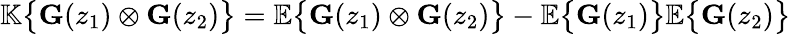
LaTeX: \begin{array}{r}{\mathbb{K}\big\lbrace{\mathbf{G}}(z_{1})\otimes{\mathbf{G}}(z_{2})\big\rbrace=\mathbb{E}\big\lbrace{\mathbf{G}}(z_{1})\otimes{\mathbf{G}}(z_{2})\big\rbrace-\mathbb{E}\big\lbrace{\mathbf{G}}(z_{1})\big\rbrace\mathbb{E}\big\lbrace{\mathbf{G}}(z_{2})\big\rbrace}\end{array}